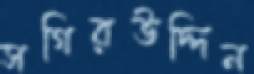
সগিরউদ্দিন